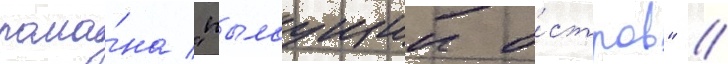
рома́на "пылаущии о́стров" //